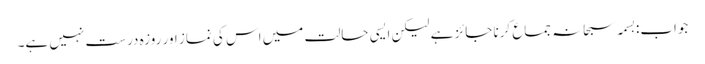
جواب:بسمہ سبحانہ جماع کرنا جائز ہے لیکن ایسی حالت میں اس کی نماز اور روزہ درست نہیں ہے۔